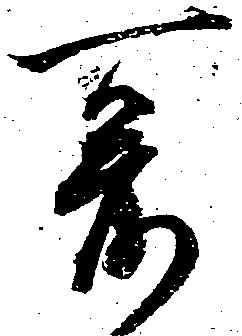
爰